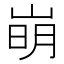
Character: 𡹌